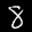
Label: 8